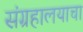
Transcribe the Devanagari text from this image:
संग्रहालयाचा